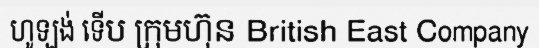
ហូឡង់ ទើប ក្រុមហ៊ុន British East Company